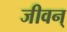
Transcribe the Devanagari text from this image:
जीवन्